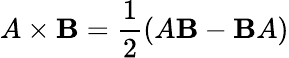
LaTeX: A\times\mathbf{B}={\frac{{1}}{{2}}}(A\mathbf{B}-\mathbf{B}A)